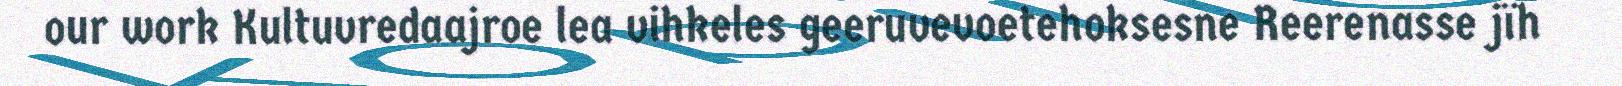
our work Kultuvredaajroe lea vihkeles geeruvevoetehoksesne Reerenasse jïh